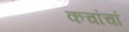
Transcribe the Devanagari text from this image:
कचांचां